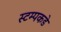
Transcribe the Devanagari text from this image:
स्टम्पकडे